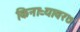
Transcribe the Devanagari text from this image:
किनाऱ्यावर७